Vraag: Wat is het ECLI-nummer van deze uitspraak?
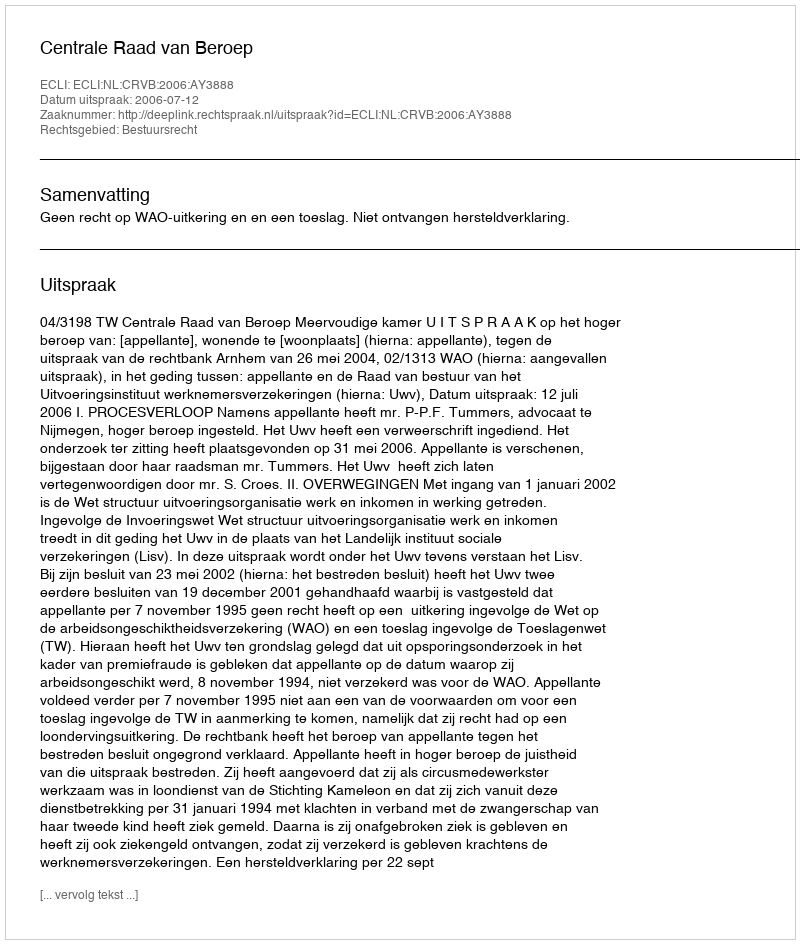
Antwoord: ECLI:NL:CRVB:2006:AY3888